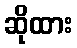
ဆိုထား